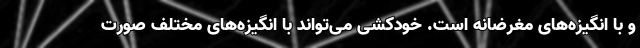
و با انگیزه‌های مغرضانه است. خودکشی می‌تواند با انگیزه‌های مختلف صورت